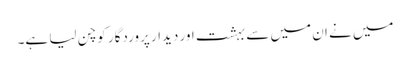
میں نے ان میں سے بہشت اور دیدار پروردگار کو چن لیا ہے۔